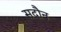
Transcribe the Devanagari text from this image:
सदौन